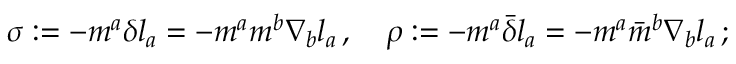
\sigma : = - m ^ { a } \delta l _ { a } = - m ^ { a } m ^ { b } \nabla _ { b } l _ { a } \, , \quad \rho : = - m ^ { a } { \bar { \delta } } l _ { a } = - m ^ { a } { \bar { m } } ^ { b } \nabla _ { b } l _ { a } \, ;